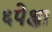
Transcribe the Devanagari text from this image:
६पेक्षा